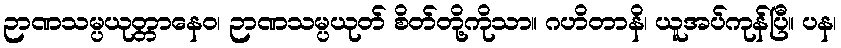
ဉာဏသမ္ပယုတ္တာနေဝ၊ ဉာဏသမ္ပယုတ် စိတ်တို့ကိုသာ။ ဂဟိတာနိ၊ ယူအပ်ကုန်ပြီ။ ပန၊